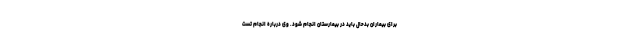
برای بیماران بدحال باید در بیمارستان انجام شود. وی درباره انجام تست